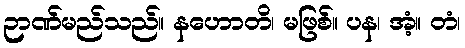
ဉာဏ်မည်သည်။ နဟောတိ၊ မဖြစ်။ ပန၊ အံ့။ တံ၊